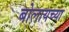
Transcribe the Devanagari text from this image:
बोलायच्या